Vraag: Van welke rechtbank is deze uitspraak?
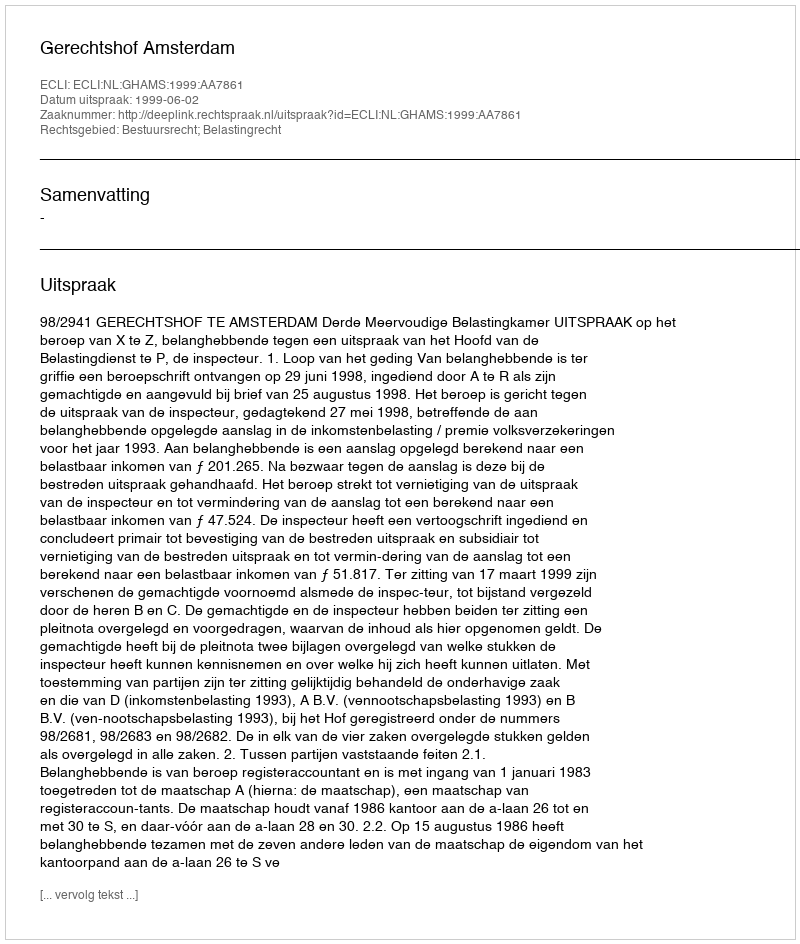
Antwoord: Gerechtshof Amsterdam